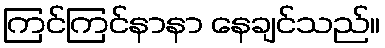
ကြင်ကြင်နာနာ နေချင်သည်။